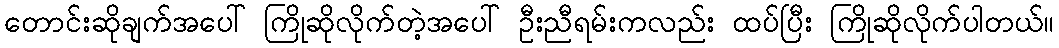
တောင်းဆိုချက်အပေါ် ကြိုဆိုလိုက်တဲ့အပေါ် ဦးညီရမ်းကလည်း ထပ်ပြီး ကြိုဆိုလိုက်ပါတယ်။